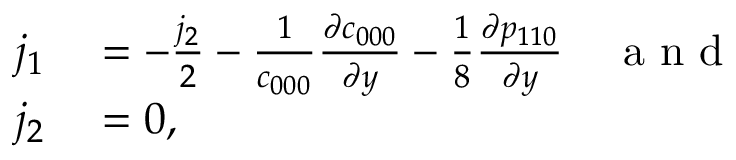
\begin{array} { r l } { j _ { 1 } } & { { } = - \frac { j _ { 2 } } { 2 } - \frac { 1 } { c _ { 0 0 0 } } \frac { \partial c _ { 0 0 0 } } { \partial y } - \frac { 1 } { 8 } \frac { \partial p _ { 1 1 0 } } { \partial y } \quad \mathrm { ~ a ~ n ~ d ~ } } \\ { j _ { 2 } } & { { } = 0 , } \end{array}